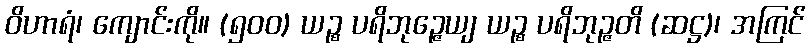
ဝိဟာရံ၊ ကျောင်းကို။ (၅၀၀) ယဉ္စ ပရိဘုဉ္ဇေယျ ယဉ္စ ပရိဘုဉ္ဇတိ (ဆဋ္ဌ)၊ အကြင်